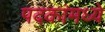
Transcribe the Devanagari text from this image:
पदकांमध्ये